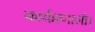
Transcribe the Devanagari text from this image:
कार्यप्रणाली।